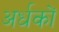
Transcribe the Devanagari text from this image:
अर्धकों